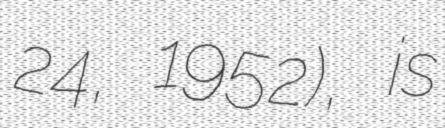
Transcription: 24, 1952), is